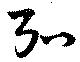
弘